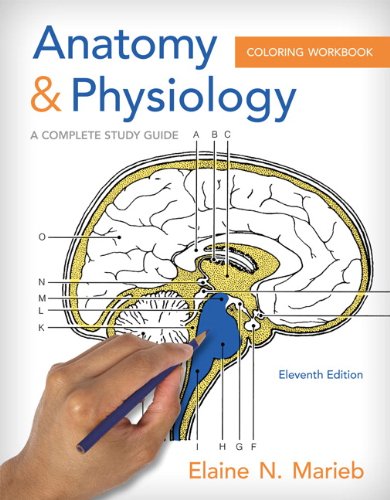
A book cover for Anatomy and Physiology Coloring Workbook: A Complete Study Guide (11th Edition); Elaine N. Marieb; Test Preparation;